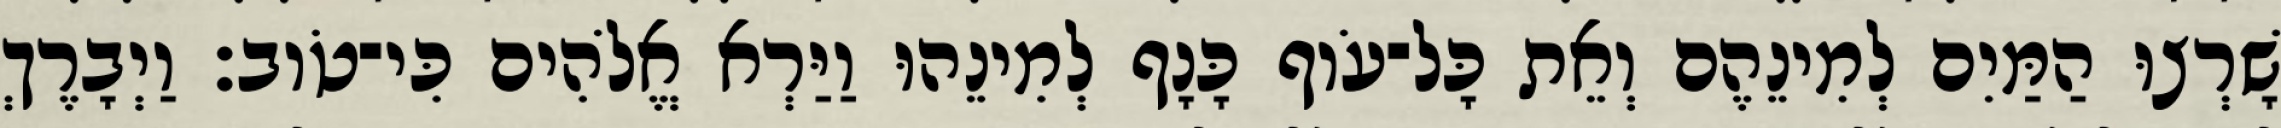
שָׁרְצוּ הַמַּיִם לְמִינֵהֶם וְאֵת כָּל־עֹוף כָּנָף לְמִינֵהוּ וַיַּרְא אֱלֹהִים כִּי־טֹוב׃ וַיְבָרֶךְ